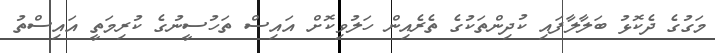
މަގުގެ ދެކޮޅު ބަލާލާފައި ކުދިންތަކުގެ ތެރެއިން ހަލުވިކޮށް އައިސް ތަހުސީނުގެ ކުރިމަތީ އައިސްތު